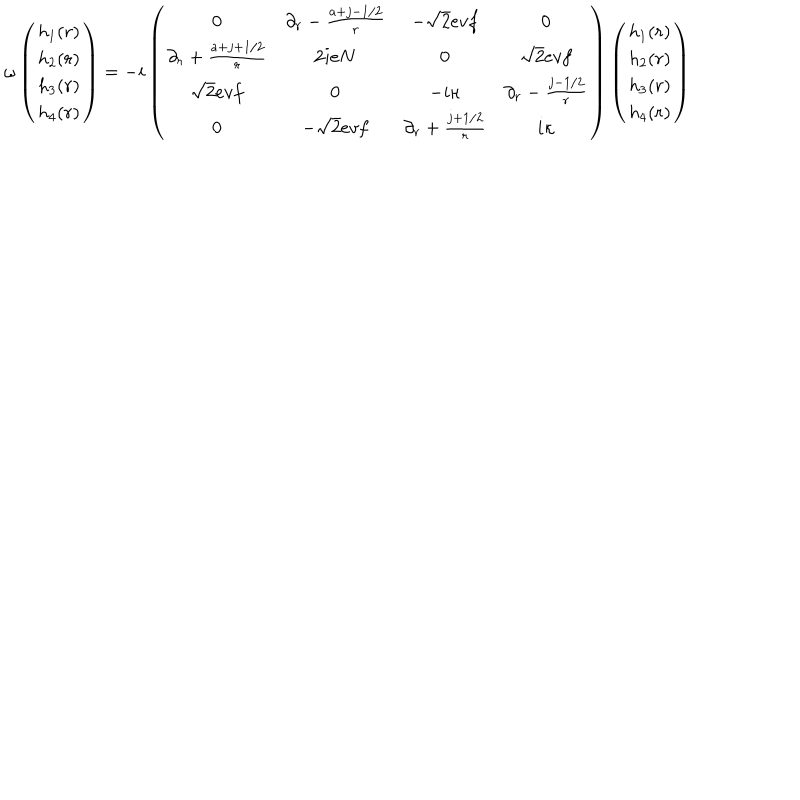
LaTeX: \omega \left( \begin{array} { c } { { h _ { 1 } ( r ) } } \\ { { h _ { 2 } ( r ) } } \\ { { h _ { 3 } ( r ) } } \\ { { h _ { 4 } ( r ) } } \\ \end{array} \right) = - i \left( \begin{array} { c c c c } { { 0 } } & { { \partial _ { r } - { \frac { a + j - 1 / 2 } { r } } } } & { { - \sqrt { 2 } e v f } } & { { 0 } } \\ { { \partial _ { r } + { \frac { a + j + 1 / 2 } { r } } } } & { { 2 i e N } } & { { 0 } } & { { \sqrt { 2 } e v f } } \\ { { \sqrt { 2 } e v f } } & { { 0 } } & { { - i \kappa } } & { { \partial _ { r } - { \frac { j - 1 / 2 } { r } } } } \\ { { 0 } } & { { - \sqrt { 2 } e v f } } & { { \partial _ { r } + { \frac { j + 1 / 2 } { r } } } } & { { i \kappa } } \\ \end{array} \right) \left( \begin{array} { c } { { h _ { 1 } ( r ) } } \\ { { h _ { 2 } ( r ) } } \\ { { h _ { 3 } ( r ) } } \\ { { h _ { 4 } ( r ) } } \\ \end{array} \right)